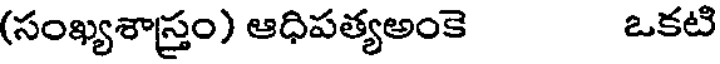
(సంఖ్యశాస్త్రం) ఆధిపత్యఅంకె ఒకటి